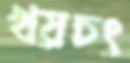
খয়চং